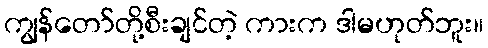
ကျွန်တော်တို့စီးချင်တဲ့ ကားက ဒါမဟုတ်ဘူး။